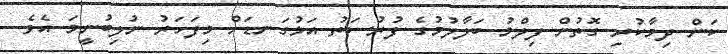
ކަން ދިމާކުރި ގޮތުން ފިލްމު ބަލާލުމުގެ ފުރުސަތު އަޅުގަނޑަށް މިފަހަރު ނުލިބުނީމަ އެވެ.